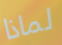
لماذا